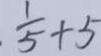
\frac { 1 } { 5 } + 5